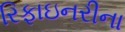
રિફાઇનરીના